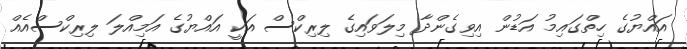
އައްޔުގެ ހިތްގައިމު އަޑުން އިވިގެންދާ މިލަވައިގެ ލިރިކްސް އަކީ އައްޔުގެ އަމިއްލަ ލިރިކްސްއެއް